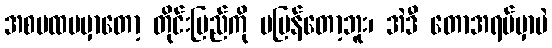
အစပထမမှာတော့ တိုင်းပြည်ကို မပြန်တော့ဘူး၊ အဲဒီ တောအရပ်မှာပဲ